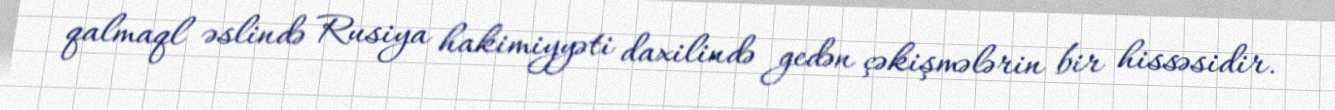
qalmaql əslində Rusiya hakimiyyəti daxilində gedən çəkişmələrin bir hissəsidir.